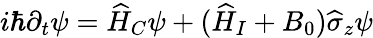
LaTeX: i\hbar\partial_{t}\psi=\widehat{H}_{C}\psi+(\widehat{H}_{I}+B_{0})\widehat{\sigma}_{z}\psi